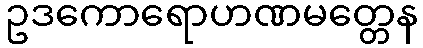
ဥဒကောရောဟဏမတ္တေန